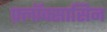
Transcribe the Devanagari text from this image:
फ़्लॉक्सासिन